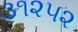
૩૧૨૫૨